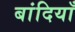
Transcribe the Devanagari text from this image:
बांदियाँ